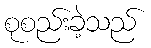
စုစည်းခဲ့သည်